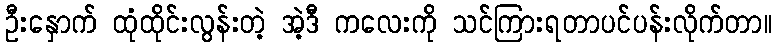
ဦးနှောက် ထုံထိုင်းလွန်းတဲ့ အဲ့ဒီ ကလေးကို သင်ကြားရတာပင်ပန်းလိုက်တာ။